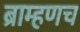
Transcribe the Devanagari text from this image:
ब्राम्हणच